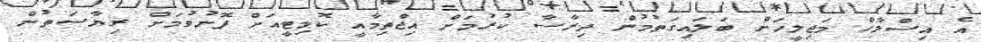
އެ އިސްލާހް މަޖިލީހަށް ބަލައިގަތުމުން ދިރާސާ ކުރުމަށް އިޖްތިމާއީ ކޮމިޓީއަށް ފޮނުވުމަށް ރިޔާސަތުން